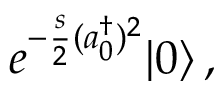
e ^ { - \frac { s } { 2 } ( a _ { 0 } ^ { \dagger } ) ^ { 2 } } | 0 \rangle \, ,